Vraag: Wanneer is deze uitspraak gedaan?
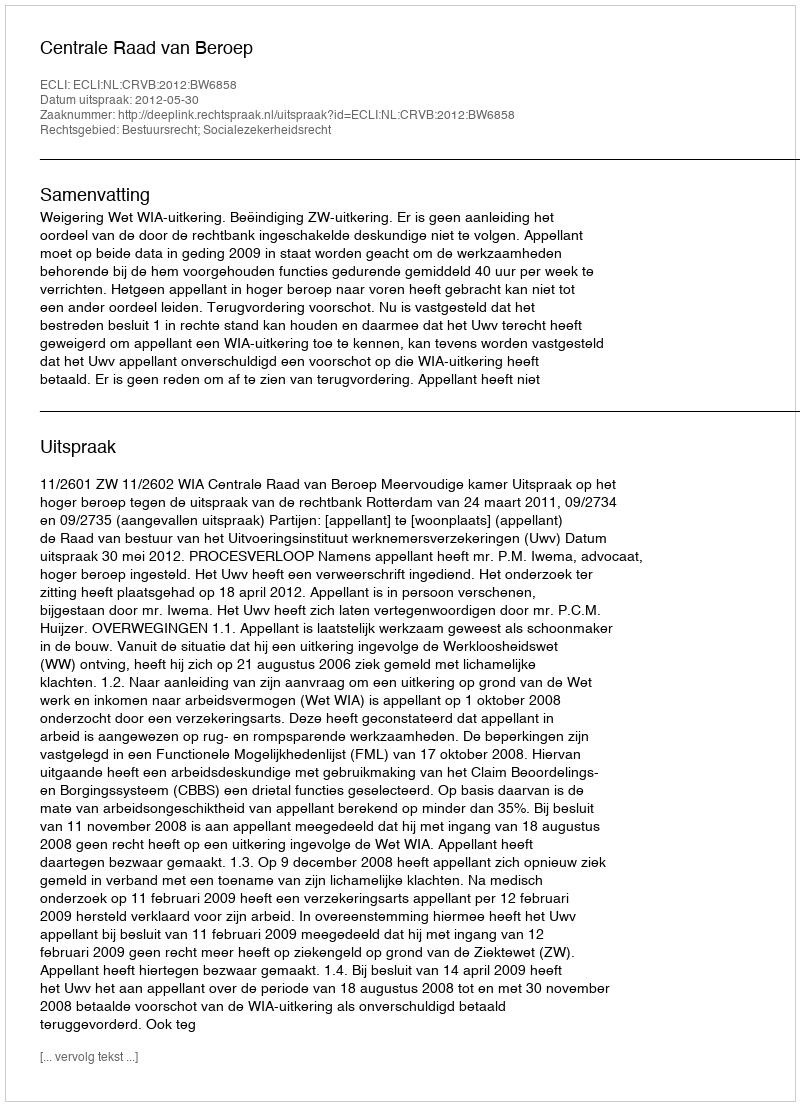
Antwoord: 2012-05-30